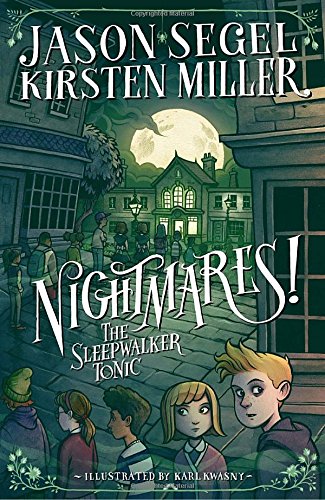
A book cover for Nightmares! The Sleepwalker Tonic; Jason Segel; Children's Books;